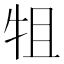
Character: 𭷚